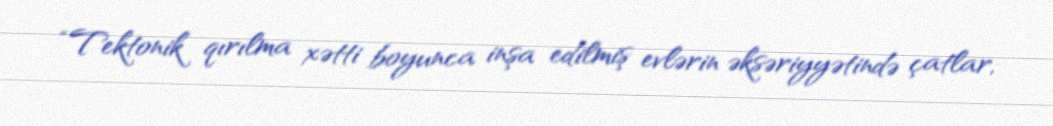
“Tektonik qırılma xətti boyunca inşa edilmiş evlərin əksəriyyətində çatlar,